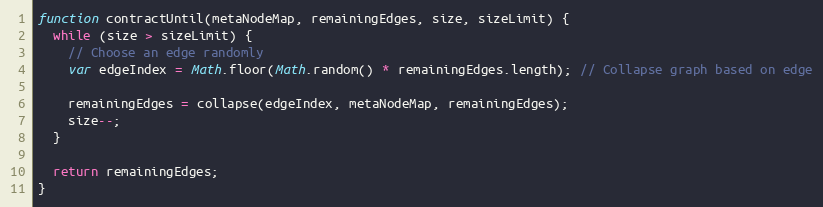
Language: JavaScript
function contractUntil(metaNodeMap, remainingEdges, size, sizeLimit) {
  while (size > sizeLimit) {
    // Choose an edge randomly
    var edgeIndex = Math.floor(Math.random() * remainingEdges.length); // Collapse graph based on edge

    remainingEdges = collapse(edgeIndex, metaNodeMap, remainingEdges);
    size--;
  }

  return remainingEdges;
}